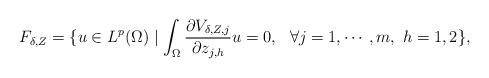
LaTeX: \begin{align*}F_{\delta,Z}=\{u\in L^p(\Omega)\mid \int_{\Omega}\frac{\partial V_{\delta, Z,j}}{\partial z_{j,h}}u=0,\ \ \forall j=1,\cdots,m,\ h=1,2\},\end{align*}